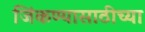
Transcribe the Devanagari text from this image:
जिंकण्यासाठीच्या